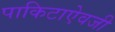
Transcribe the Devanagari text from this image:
पाकिटाऐवजी